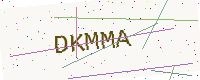
Text: DKMMA